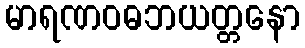
မာရဏဝဓဘယတ္တနော